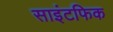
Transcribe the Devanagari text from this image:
साइंटफिक